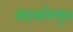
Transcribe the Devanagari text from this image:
संदर्भामधून